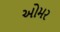
ઓમર